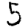
Digit: 5